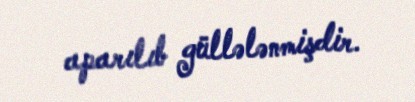
aparılıb güllələnmişdir.